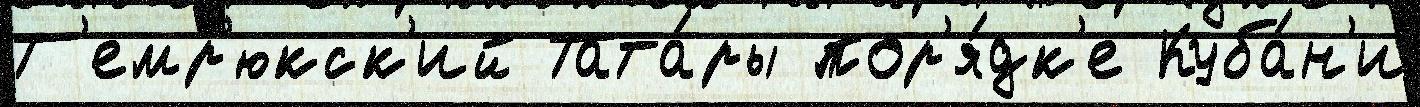
Т'емр'юкск'ий Тата́ры пор'я́дк'е Куба́н'и